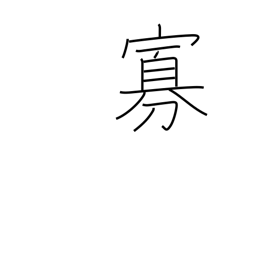
Meaning: minority